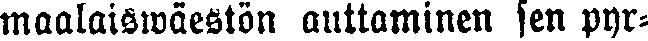
maalaiswäestön auttaminen sen pyr-